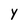
Character: Y